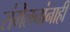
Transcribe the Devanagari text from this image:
संमेलनांनाही